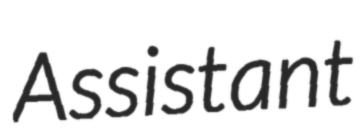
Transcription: Assistant